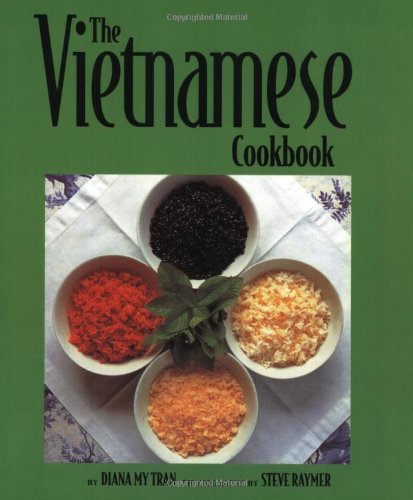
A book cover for The Vietnamese Cookbook (Capital Lifestyles); Diana My Tran; Cookbooks, Food & Wine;